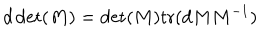
LaTeX: d \det ( M ) = \det ( M ) \mathrm { t r } ( d M M ^ { - 1 } ) \nonumber